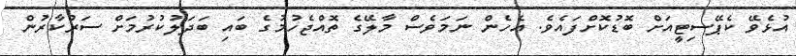
އުޅެވޭ ކެޕޭސިޓީއަށް ބޮޑުކޮށްފައެވެ. އެހެން ނަމަވެސް މާލޭގެ ތޮއްޖެހުމުގެ ބައި ބަދަލުކުރުމަށް ސަރުކާރުން